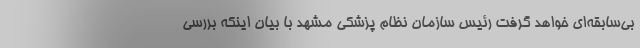
بی‌سابقه‌ای خواهد گرفت رئیس سازمان نظام پزشکی مشهد با بیان اینکه بررسی